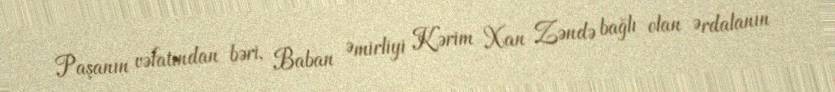
Paşanın vəfatından bəri, Baban Əmirliyi Kərim Xan Zəndə bağlı olan Ərdalanın